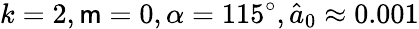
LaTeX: k=2,\mathsf{m}=0,\alpha=115^{\circ},\hat{{a}}_{0}\approx0.001